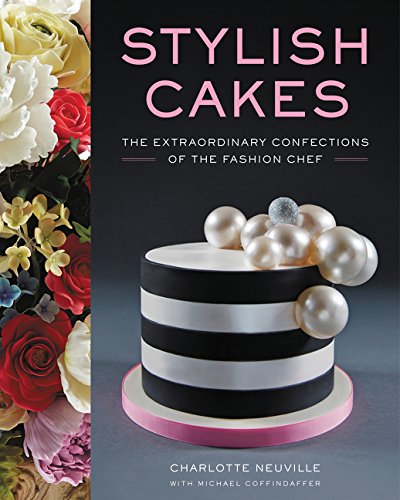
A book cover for Stylish Cakes: The Extraordinary Confections of The Fashion Chef; Charlotte Neuville; Cookbooks, Food & Wine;